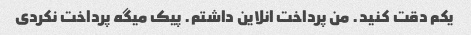
یکم دقت کنید. من پرداخت انلاین داشتم. پیک میگه پرداخت نکردی